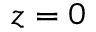
z = 0